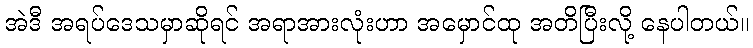
အဲဒီ အရပ်ဒေသမှာဆိုရင် အရာအားလုံးဟာ အမှောင်ထု အတိပြီးလို့ နေပါတယ်။